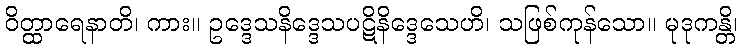
ဝိတ္ထာရေနာတိ၊ ကား။ ဥဒ္ဒေသနိဒ္ဒေသပဋိနိဒ္ဒေသေဟိ၊ သဖြစ်ကုန်သော။ မုဒုကန္တိ၊